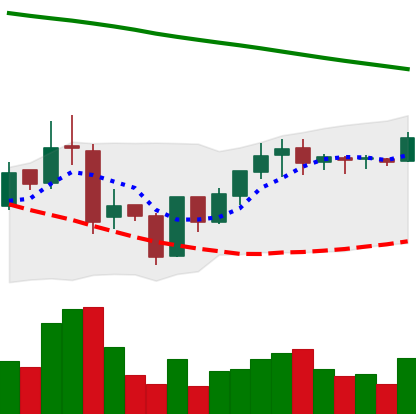
Ticker: BNB-USD
Chart end date: 2019-01-25
Forward return: -8.353%
Label: down_7plus